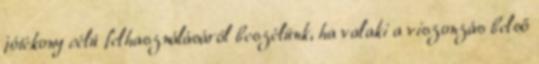
jótékony célú felhasználásáról beszélünk, ha valaki a viszonzás belső